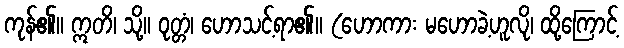
ကုန်၏။ ဣတိ၊ သို့။ ဝုတ္တံ၊ ဟောသင့်ရာ၏။ (ဟောကား မဟောခဲ့ဟူလို၊ ထို့ကြောင့်